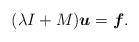
LaTeX: \begin{align*}(\lambda I + M) \boldsymbol{u} = \boldsymbol{f}.\end{align*}